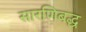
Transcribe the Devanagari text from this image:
सारणिबद्ध